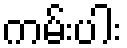
ကမ်းပါး